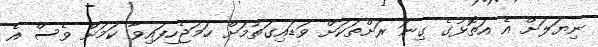
ނިޔަލަަށް އެ އަތޮޅުގެ ގިނަ ރަށްތަކަށް ވަޑައިގަތުމަށް ހަމަޖެހިފައިވާ ކަމަށް ވެސް އެ